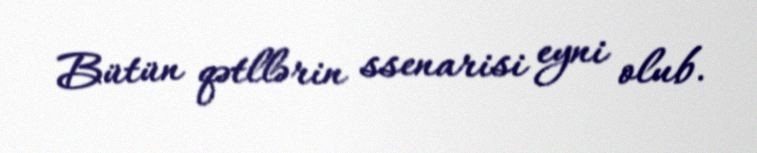
Bütün qətllərin ssenarisi eyni olub.